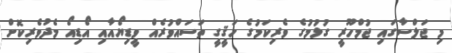
މި ޖަލްސާގައި ޖުމްހޫރީ ގުޅުމުގެ ވެރިކަމުގެ ހަޤީގީ ތަސައްވުރެއް ވީޑިޔޯއާއި އޯޑިއޯ މެދުވެރިކޮށް